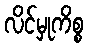
လိင်မှုကိစ္စ